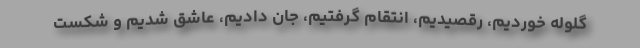
گلوله خوردیم، رقصیدیم، انتقام گرفتیم، جان دادیم، عاشق شدیم و شکست